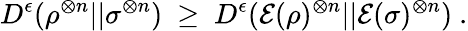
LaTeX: D^{\epsilon}(\rho^{\otimes n}||\sigma^{\otimes n})~\geq~D^{\epsilon}({\mathcal{E}}(\rho)^{\otimes n}||{\mathcal{E}}(\sigma)^{\otimes n})~.